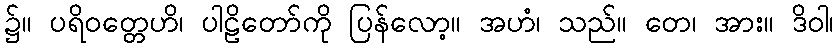
၌။ ပရိဝတ္တေဟိ၊ ပါဠိတော်ကို ပြန်လော့။ အဟံ၊ သည်။ တေ၊ အား။ ဒိဝါ၊